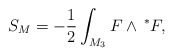
\begin{align*}S_M=-\frac 12\int_{M_3}F\wedge {\thinspace}^{*}F , \end{align*}